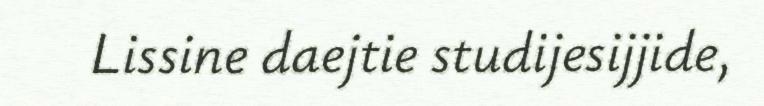
Lissine daejtie studijesijjide,